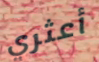
أعثري